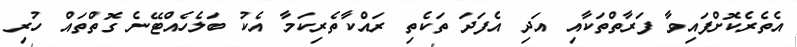
އެތެރެކޮށްފައިވާ ފަރާތްތަކާއި އަދި އެފަދަ ތަކެތި ރައްކާތެރިކަމާ އެކު ބަލެހެއްޓޭނެ ގޮތްތައް ހުރި